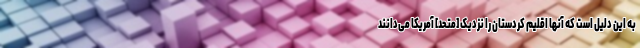
به این دلیل است که آنها اقلیم کردستان را نزدیک [متحد] آمریکا می‌دانند